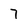
Character: 7